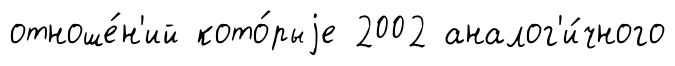
отноше́н'ий кото́рыjе 2002 аналог'и́чного